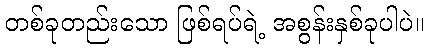
တစ်ခုတည်းသော ဖြစ်ရပ်ရဲ့ အစွန်းနှစ်ခုပါပဲ။